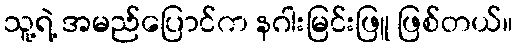
သူ့ရဲ့ အမည်ပြောင်က နဂါးမြင်းဖြူ ဖြစ်တယ်။